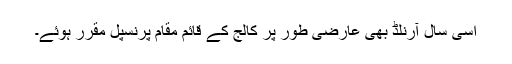
اسی سال آرنلڈ بھی عارضی طور پر کالج کے قائم مقام پرنسپل مقرر ہوئے۔